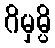
ဂိမှမ္ပိ